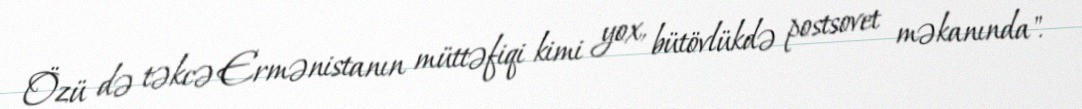
Özü də təkcə Ermənistanın müttəfiqi kimi yox, bütövlükdə postsovet məkanında".